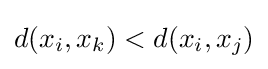
d(x_{i},x_{k})<d(x_{i},x_{j})